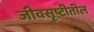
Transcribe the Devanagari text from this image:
जीवसृष्टीतील